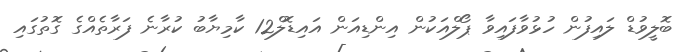
ބޮލީވުޑް ލައިފުން ހުޅުވާފައިވާ ޕޯލްއަކުން އިންޑިއަން އައިޑޮލް12 ކާމިޔާބު ކުރާނެ ފަރާތެއްގެ ގޮތުގައި